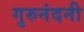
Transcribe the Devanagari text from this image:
गुरुनंदनी